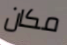
مكان